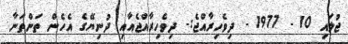
ޖުލައި 10 - 1977 - ދިވެހިރާއްޖެ:- ދިވެހިރާއްޖެއާއި ދުނިޔޭގެ އެހެން ތަންތަނާ